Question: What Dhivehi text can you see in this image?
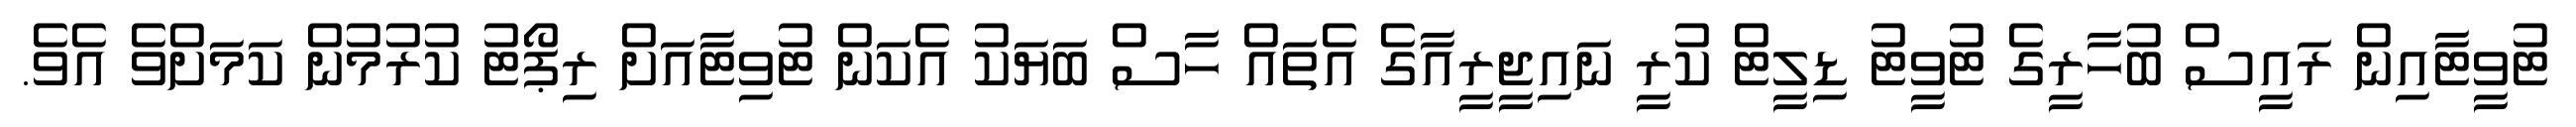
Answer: ޓުވީޓާއިން ރައީސް ބުހާރީގެ ޓުވީޓު ޑިލީޓް ކުރީ ނައިޖީރީއާގެ އެތައް ހާސް ބަޔަކު އެކަން ޓުވިޓާއަށް ރިޕޯޓު ކުރުމުން ކަމަށްވެ އެވެ.